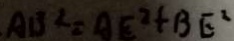
A B ^ { 2 } = A E ^ { 2 } + B E ^ { 2 }